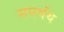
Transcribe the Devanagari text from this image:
समर्थथ